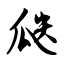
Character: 瓞